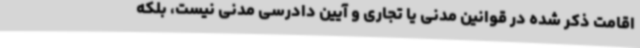
اقامت ذکر شده در قوانین مدنی یا تجاری و آیین دادرسی مدنی نیست، بلکه